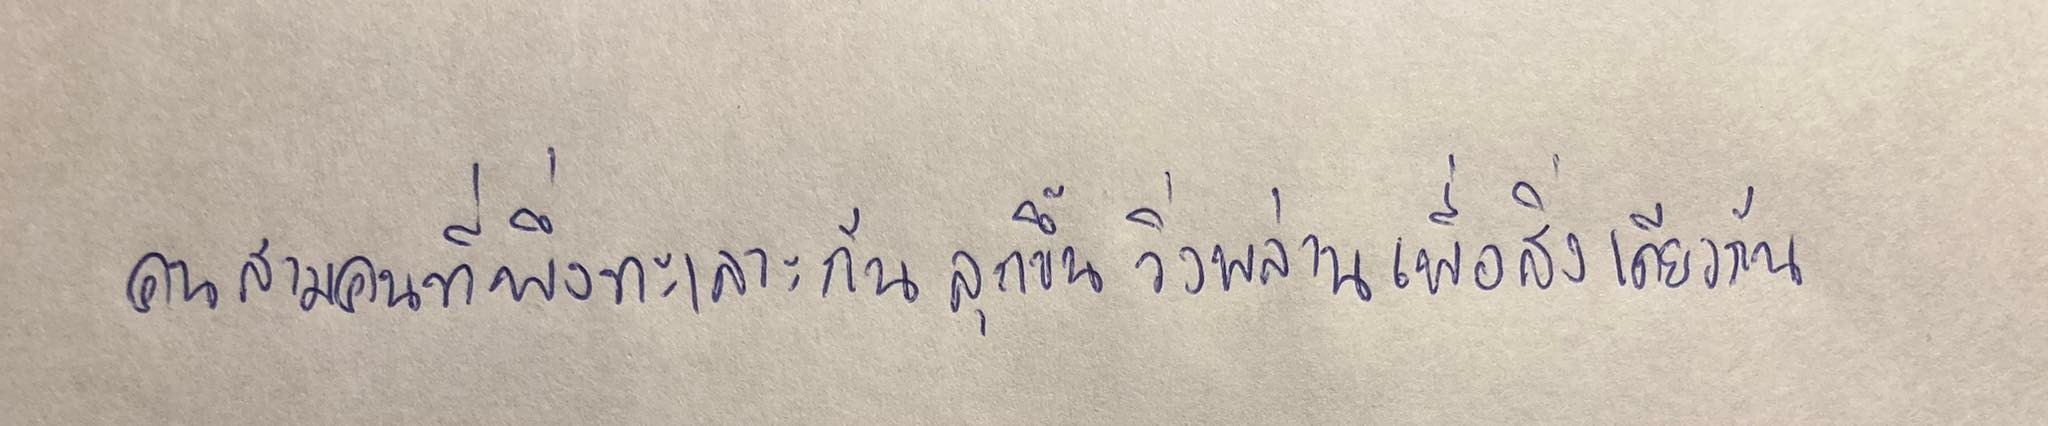
คนสามคนที่เพิ่งทะเลาะกันลุกขึ้นวิ่งพล่านเพื่อสิ่งเดียวกัน